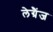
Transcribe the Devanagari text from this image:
लेग्रैंज